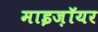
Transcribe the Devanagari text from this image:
माइज़ॉयर